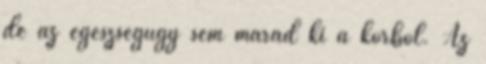
de az egészségügy sem marad ki a körből. Az